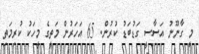
މީ ގާނޫނު އަސާސީ ގަޑުބަޑު ކުރުން. 65 އަހަރުން މަތީގެ މީހަކު ކުރިމަތި